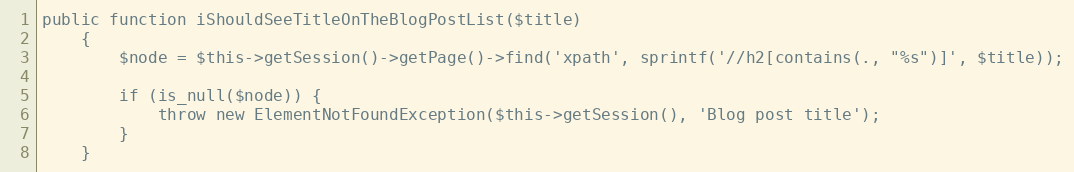
Language: PHP
public function iShouldSeeTitleOnTheBlogPostList($title)
    {
        $node = $this->getSession()->getPage()->find('xpath', sprintf('//h2[contains(., "%s")]', $title));

        if (is_null($node)) {
            throw new ElementNotFoundException($this->getSession(), 'Blog post title');
        }
    }